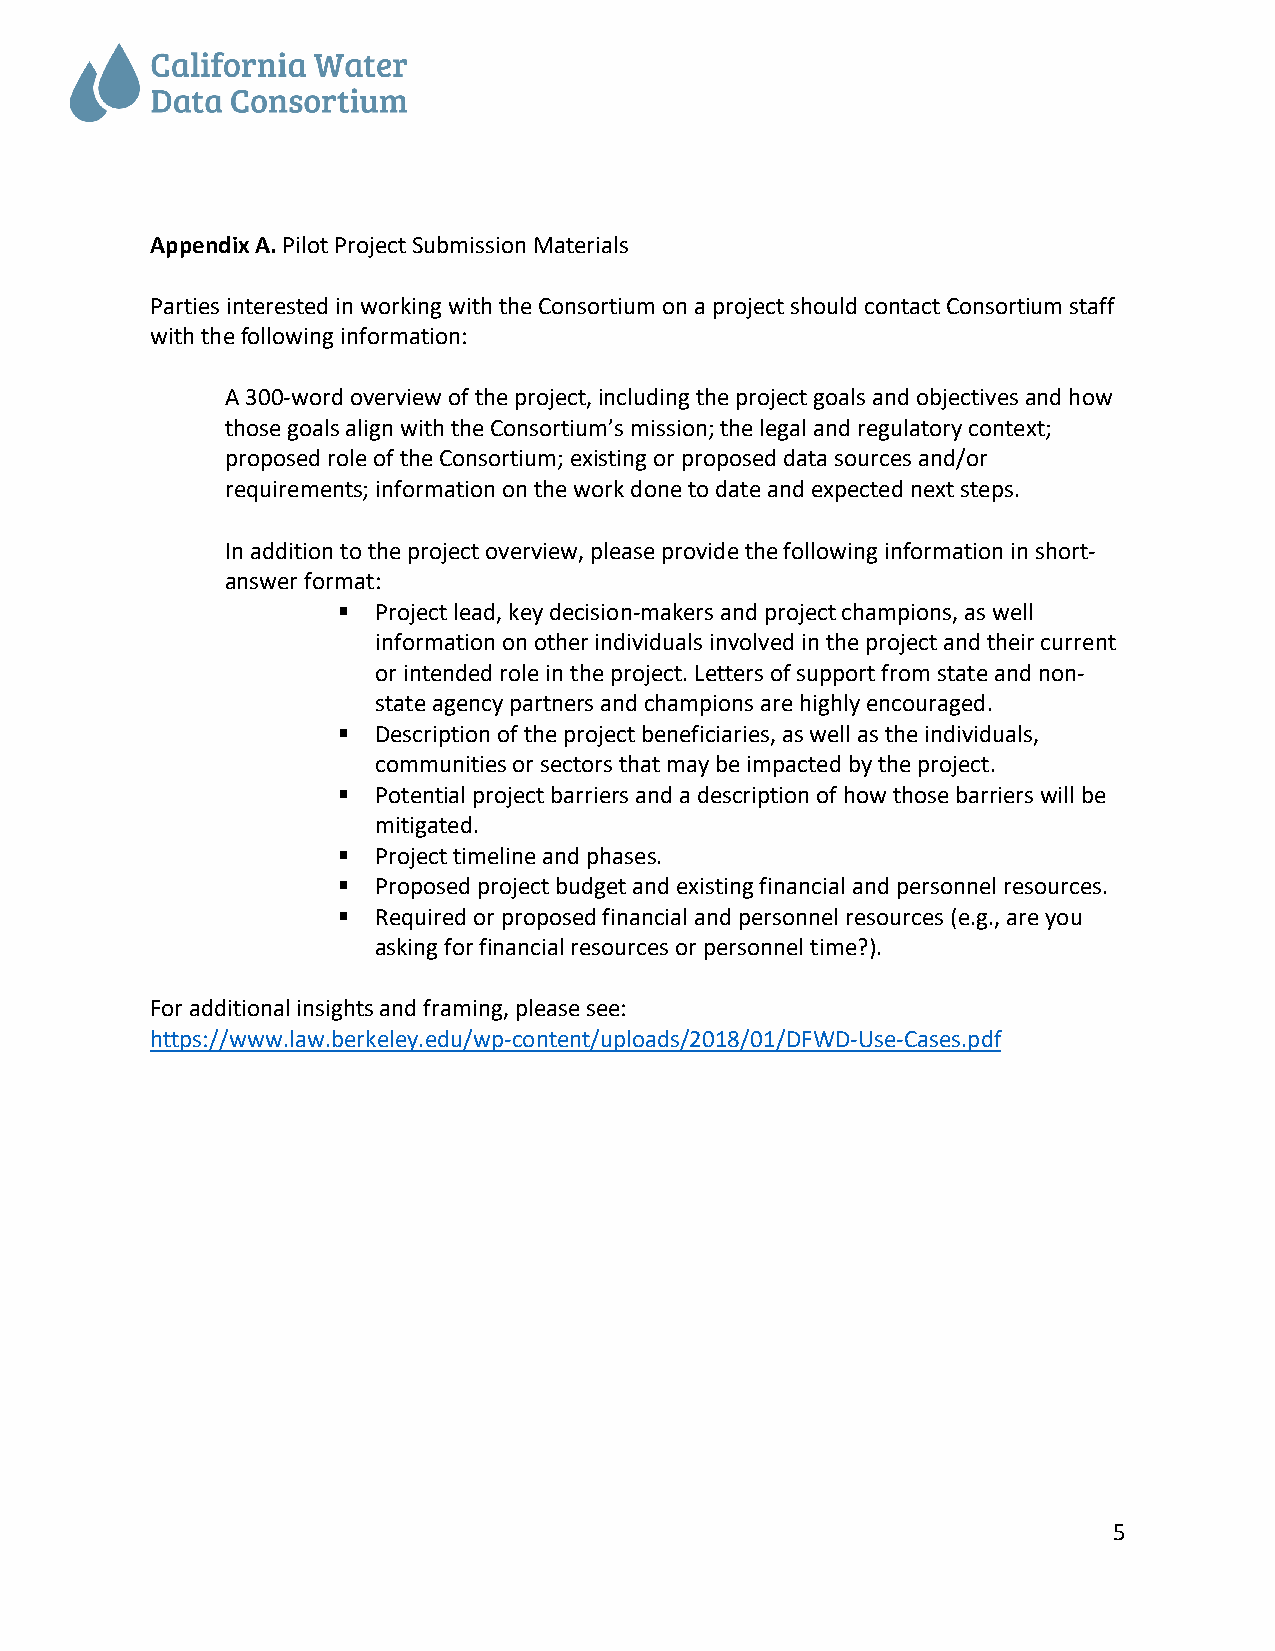
Appendix A. Pilot Project Submission Materials
 Parties interested in working with the Consortium on a project should contact Consortium staff
 with the following information:
 A 300-word overview of the project, including the project goals and objectives and how
 those goals align with the Consortium’s mission; the legal and regulatory context;
 proposed role of the Consortium; existing or proposed data sources and/or
 requirements; information on the work done to date and expected next steps.
 In addition to the project overview, please provide the following information in short-
 answer format:
 §  Project lead, key decision-makers and project champions, as well
 information on other individuals involved in the project and their current
 or intended role in the project. Letters of support from state and non-
 state agency partners and champions are highly encouraged.
 §  Description of the project beneficiaries, as well as the individuals,
 communities or sectors that may be impacted by the project.
 §  Potential project barriers and a description of how those barriers will be
 mitigated.
 §  Project timeline and phases.
 §  Proposed project budget and existing financial and personnel resources.
 §  Required or proposed financial and personnel resources (e.g., are you
 asking for financial resources or personnel time?).
 For additional insights and framing, please see:
 https://www.law.berkeley.edu/wp-content/uploads/2018/01/DFWD-Use-Cases.pdf
 5